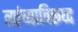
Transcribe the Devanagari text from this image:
त्यांच्याविरूध्द